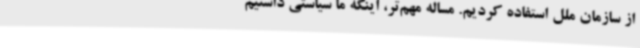
از سازمان ملل استفاده کردیم. مساله مهم‌تر، اینکه ما سیاستی داشتیم